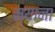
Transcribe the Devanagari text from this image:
म्याना